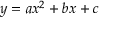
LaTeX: y = a x ^ { 2 } + b x + c